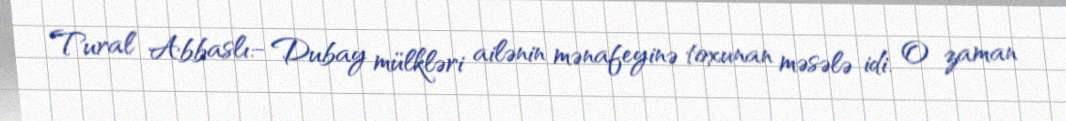
Tural Abbaslı:- Dubay mülkləri ailənin mənafeyinə toxunan məsələ idi. O zaman